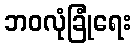
ဘဝလုံခြုံရေး